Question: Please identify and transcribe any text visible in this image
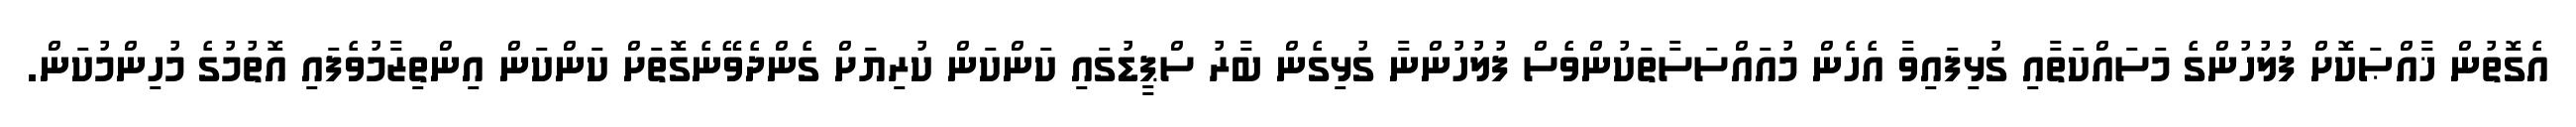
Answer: އެގޮތުން ޚާއްޞަކޮށް ފުލުހުންގެ މަސައްކަތާއި ގުޅިފައިވާ އެހެން މުއައްސަސާތަކުންވެސް ފުލުހުންނާ ގުޅިގެން ބާރު ސްޕީޑުގައި ކަންކަން ކުރިޔަށް ގެންދެވޭނެގޮތަށް ކަންކަން އިންތިޒާމުވެފައި އޮތުމުގެ މުހިންމުކަން.